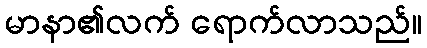
မာနာ၏လက် ရောက်လာသည်။